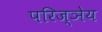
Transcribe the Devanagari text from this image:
परिज्ञेय